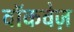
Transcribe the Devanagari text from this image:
वॉकवेज़